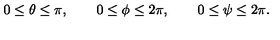
0 \leq \theta \leq \pi , \quad \quad 0 \leq \phi \leq 2 \pi , \quad \quad 0 \leq \psi \leq 2 \pi .